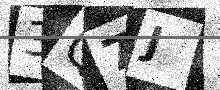
Text: 3Q7J